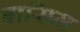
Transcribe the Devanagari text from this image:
बासिम